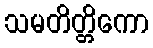
သမတိတ္တိကော